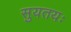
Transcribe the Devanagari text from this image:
सुयतयः